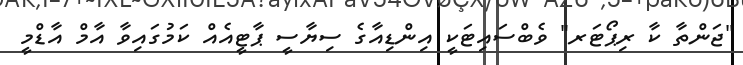
"ޖަންތާ ކާ ރިޕޯޓަރ" ވެބްސައިޓަކީ އިންޑިއާގެ ސިޔާސީ ޕާޓީއެއް ކަމުގައިވާ އާމް އާޑްމީ